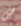
ض